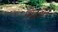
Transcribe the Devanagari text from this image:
सिद्धज्ञान